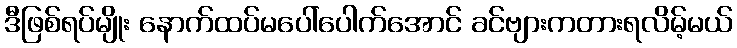
ဒီဖြစ်ရပ်မျိုး နောက်ထပ်မပေါ်ပေါက်အောင် ခင်ဗျားကတားရလိမ့်မယ်